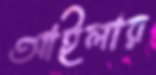
আইলার